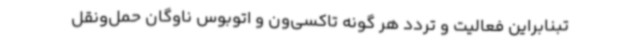
تبنابراین فعالیت و تردد هر گونه تاکسی‌ون و اتوبوس ناوگان حمل‌ونقل